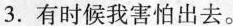
3.有时候我害怕出去。